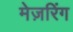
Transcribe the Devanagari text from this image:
मेज़रिंग